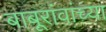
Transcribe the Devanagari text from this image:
बाबूरांवांच्या